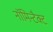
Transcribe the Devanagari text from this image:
नॉमिन्टैक्ट